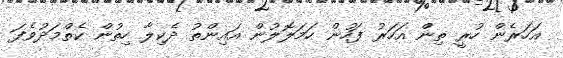
އަހަރެން ހުރީ ތިން އަހަރު ފަހުން ހަމަލޮލުން އައިންތު ދެކިލާ ހިތުން ކެތްމަދުވެފަ